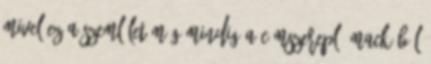
mivel ez a szemlélet még mindig a címszereplő mackóból